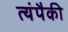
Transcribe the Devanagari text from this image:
त्यंपैकी